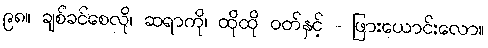
၉၈။ ချစ်ခင်စေလို၊ ဆရာကို၊ ထိုထို ဝတ်နှင့် - ဖြားယောင်းလော။